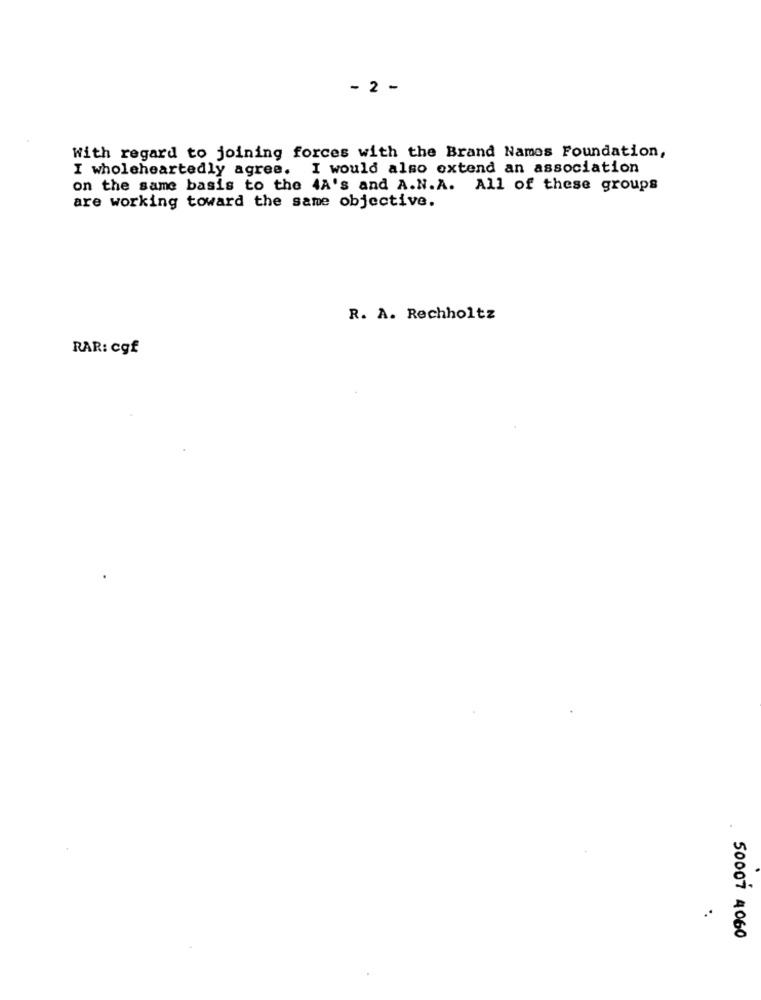
- 2 -
With regard to joining forces with the Brand Names Foundation,
I wholeheartedly agree. I would also extend an association
on the same basis to the 4A's and A.N.A. All of these groups
are working toward the same objective.
R. A. Rechholtz
RAR: cgf
50007 4060